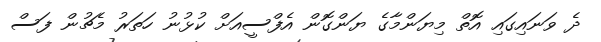
ދެ ވަނައިގައި އޮތް މިޔަންމާގެ ޔަންގޮން އެފްސީއަށް ކުޅުނު ހަތަރު މެޗުން ފަސް